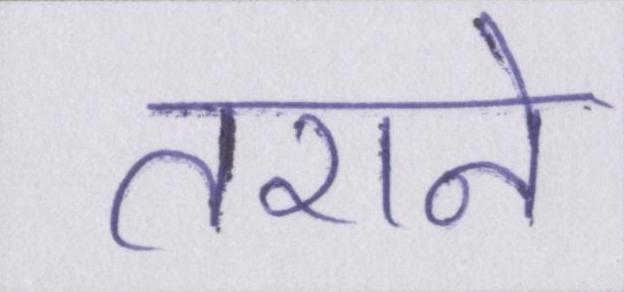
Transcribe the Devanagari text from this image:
तराने